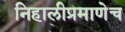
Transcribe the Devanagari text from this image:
निहालीप्रमाणेच